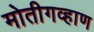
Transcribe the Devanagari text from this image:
मोतीगव्हाण